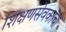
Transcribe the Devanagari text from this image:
शिक्षणसेवकांची